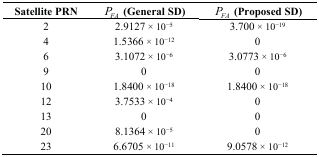
<table><thead><tr><td><b>Satellite PRN</b></td><td><b><i>P<sub>FA</sub></i> (General SD)</b></td><td><b><i>P<sub>FA</sub></i> (Proposed SD)</b></td></tr></thead><tbody><tr><td>2</td><td>2.9127 × 10<sup>−5</sup></td><td>3.700 × 10<sup>−19</sup></td></tr><tr><td>4</td><td>1.5366 × 10<sup>−12</sup></td><td>0</td></tr><tr><td>6</td><td>3.1072 × 10<sup>−6</sup></td><td>3.0773 × 10<sup>−6</sup></td></tr><tr><td>9</td><td>0</td><td>0</td></tr><tr><td>10</td><td>1.8400 × 10<sup>−18</sup></td><td>1.8400 × 10<sup>−18</sup></td></tr><tr><td>12</td><td>3.7533 × 10<sup>−4</sup></td><td>0</td></tr><tr><td>13</td><td>0</td><td>0</td></tr><tr><td>20</td><td>8.1364 × 10<sup>−5</sup></td><td>0</td></tr><tr><td>23</td><td>6.6705 × 10<sup>−11</sup></td><td>9.0578 × 10<sup>−12</sup></td></tr></tbody></table>